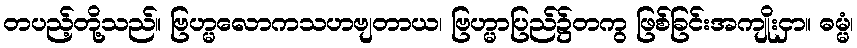
တပည့်တို့သည်။ ဗြဟ္မလောကသဟဗျတာယ၊ ဗြဟ္မာပြည်၌တကွ ဖြစ်ခြင်းအကျိုးငှာ။ ဓမ္မံ၊